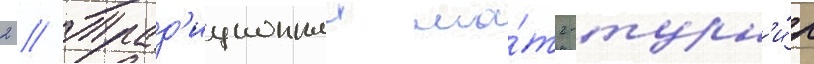
2 // Трад'иционныи ма́тч-турн'и́р